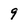
Character: 9